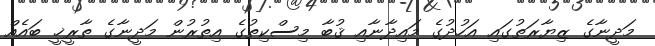
މަދީނާގެ ޒިޔާރަތުގައި އަހުދުގެ މައިިދާނާއި ޤުބާ މިސްކިތުގެ އިތުރުން މަދީނާގެ ތާރީޚީ ބައެއް